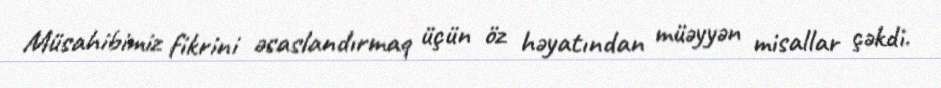
Müsahibimiz fikrini əsaslandırmaq üçün öz həyatından müəyyən misallar çəkdi.